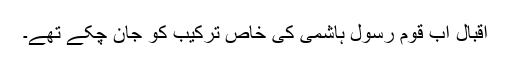
اقبال اب قوم رسول ہاشمی کی خاص ترکیب کو جان چکے تھے۔